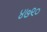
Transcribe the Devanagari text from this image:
४७९०